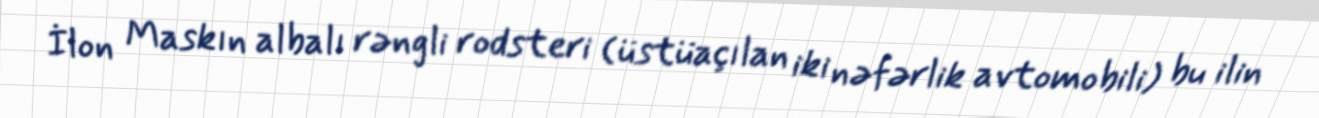
İlon Maskın albalı rəngli rodsteri (üstüaçılan iki nəfərlik avtomobili) bu ilin